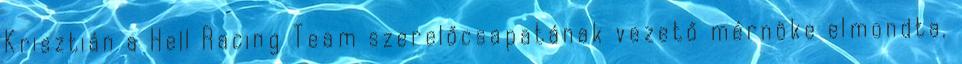
Krisztián a Hell Racing Team szerelőcsapatának vezető mérnöke elmondta,